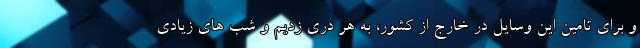
و برای تامین این وسایل در خارج از کشور، به هر دری زدیم و شب های زیادی